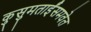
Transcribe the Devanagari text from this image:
कुसुमताईंसमवेत